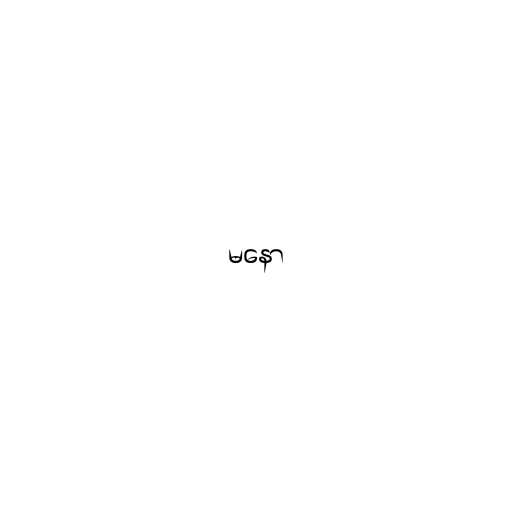
မနော